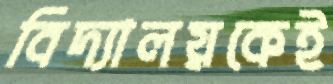
বিদ্যালয়কেই